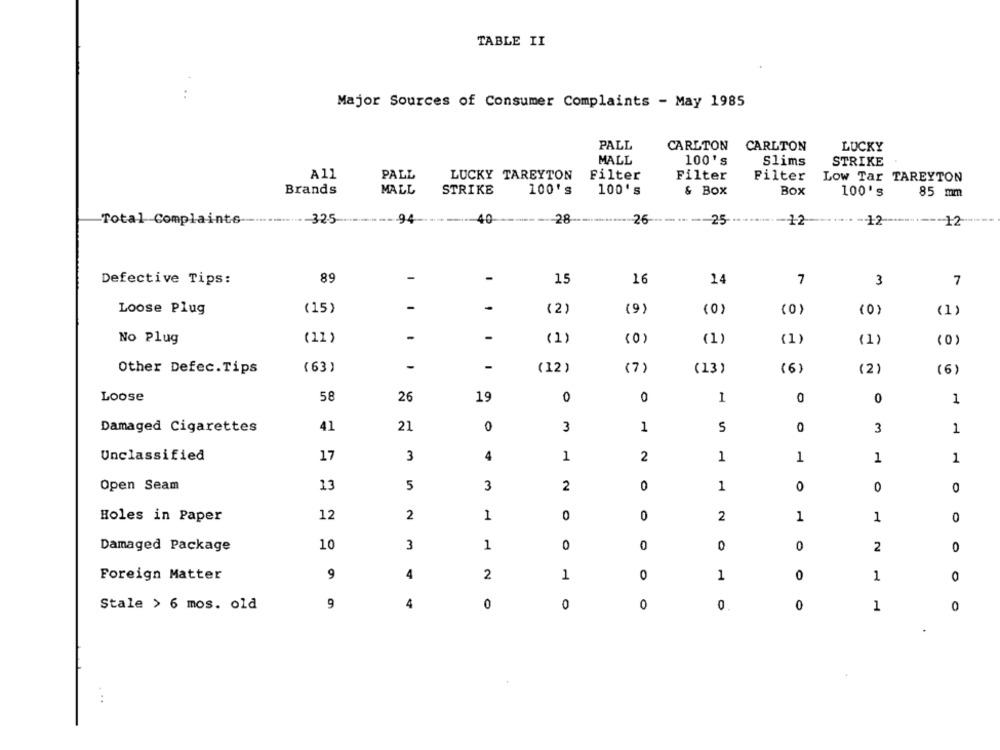
TABLE II
Major Sources of Consumer Complaints - May 1985
PALL
CARLTON
CARLTON
LUCKY
MALL
100's
Slims
STRIKE
A11
PALL
LUCKY TAREYTON
Filter
Filter
Filter
Low Tar TAREYTON
Brands
MALL
STRIKE
100's
100's
& Box
Box
100's
85 mm
Total Complaints --........... 325-
94
40
28
.-- 26
--- 25-
-12
-12 ---------- 12
89
-
Defective Tips:
-
15
16
14
7
3
7
-
-
Loose Plug
(15)
(2)
(9)
0
(0)
-
-
No Plug
(11 )
(1)
(1)
(1)
(1)
(0)
-
-
(12)
(7)
(6)
(2)
Other Defec.Tips
(63 )
(13)
(6)
Loose
58
26
0
0
0
19
1
0
1
Damaged Cigarettes
41
21
0
3
1
5
0
3
1
Unclassified
17
3
4
1
2
1
1
1
1
Open Seam
13
5
3
2
0
1
0
0
0
Holes in Paper
12
2
1
0
0
2
1
1
0
Damaged Package
10
3
1
0
0
0
0
2
0
Foreign Matter
9
4
2
1
0
1
0
1
0
Stale > 6 mos. old
9
4
0
0
0
0
0
1
0